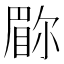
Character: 𫵇